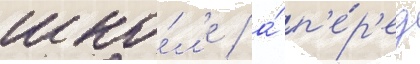
шко́л'е / а́ п'е́р'ед